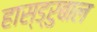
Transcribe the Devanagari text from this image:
हास्ड्रुबाल